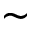
\sim